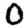
Digit: 0